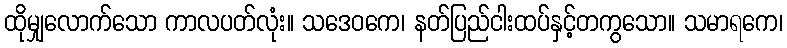
ထိုမျှလောက်သော ကာလပတ်လုံး။ သဒေဝကေ၊ နတ်ပြည်ငါးထပ်နှင့်တကွသော။ သမာရကေ၊